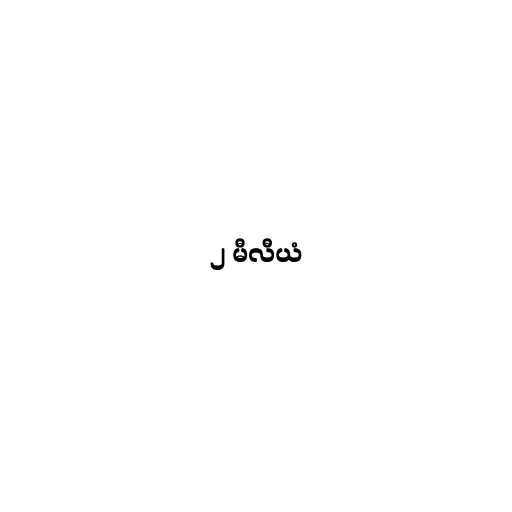
၂ မီလီယံ